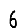
Digit: 6